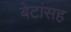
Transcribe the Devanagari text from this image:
बेटांसह